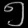
Digit: ၅